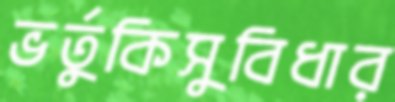
ভর্তুকিসুবিধার